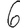
Digit: 6